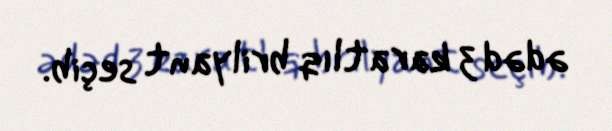
ədəd 3 karatlıq brilyant seçib.